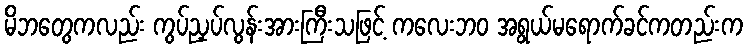
မိဘတွေကလည်း ကွပ်ညှပ်လွန်းအားကြီးသဖြင့် ကလေးဘဝ အရွယ်မရောက်ခင်ကတည်းက